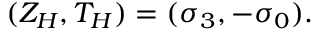
( Z _ { H } , T _ { H } ) = ( \sigma _ { 3 } , - \sigma _ { 0 } ) .